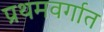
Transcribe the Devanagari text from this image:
प्रथमवर्गात